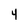
Character: 4